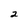
Character: 2